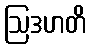
ဩဒဟတိ